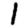
Digit: 1